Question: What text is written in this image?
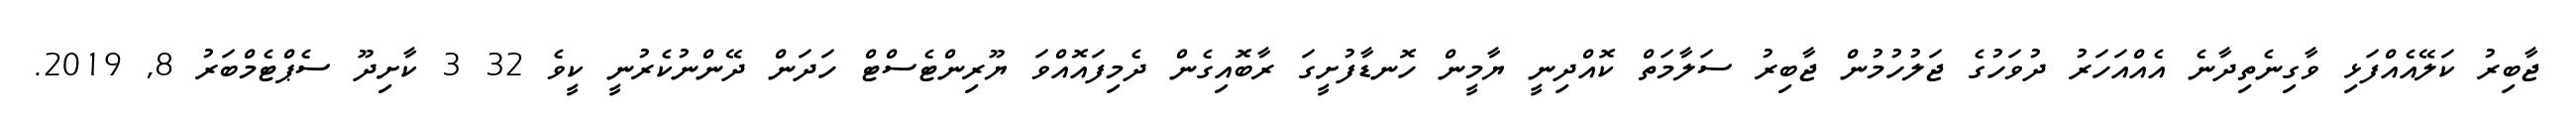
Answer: ޖާބިރު ކަލޭއެއްފަޅި ވާގިނެތިދާނެ އެއްއަހަރު ދުވަހުގެ ޖަލުހުމުން ޖާބިރު ސަލާމަތް ކޮއްދިނީ ޔާމީން ހޮނޑާފުށީގަ ރާބޮއިގެން ދެމިފައޮއްވަ ޔޫރިންޓެސްޓް ހަދަން ދޭންނުކެރުނީ ކީވެ 32 3 ކާށިދޫ ސެޕްޓެމްބަރު 8, 2019.